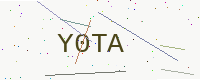
Text: Y0TA